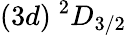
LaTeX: (3d)~^{2}D_{3/2}